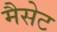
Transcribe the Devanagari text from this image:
मैसेट